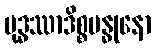
ဗုဒ္ဓဿာဒိစ္စဗန္ဓုနော